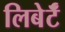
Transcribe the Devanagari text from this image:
लिबेर्टॅ